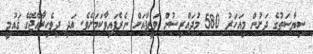
ސިޔާސަތުގެ ދަށުން މިއަހަރު 580 މުދައްރިސުން ވަޒީފާއަށް ނެރެފައިވާކަމަށެވެ. އަދި ދިވެހިރާއްޖޭގެ ޤައުމީ